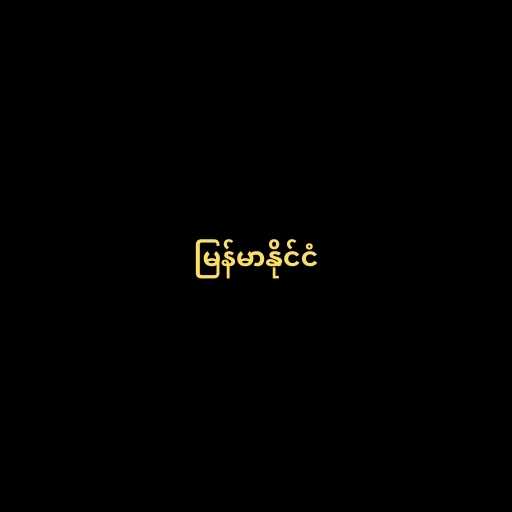
မြန်မာနိုင်ငံ